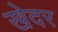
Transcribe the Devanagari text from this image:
खेदर